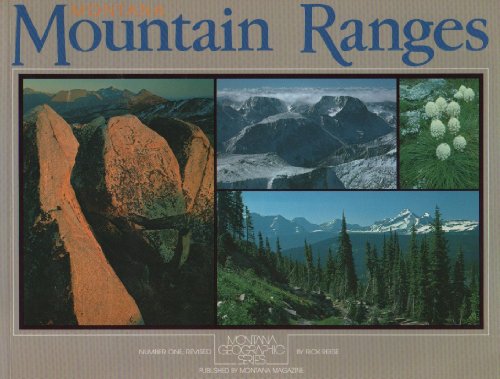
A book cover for Montana Mountain Ranges (Montana Geographic Series, Volume 1); Richard Reese; Travel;